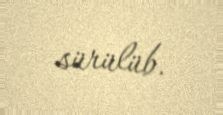
sürülüb.